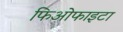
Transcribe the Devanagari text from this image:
फिओफाइटा